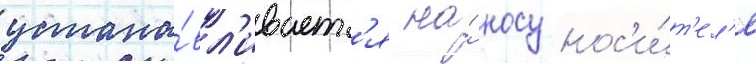
устана́вл'иваетс'я на́ носу нос'и́т'ел'я